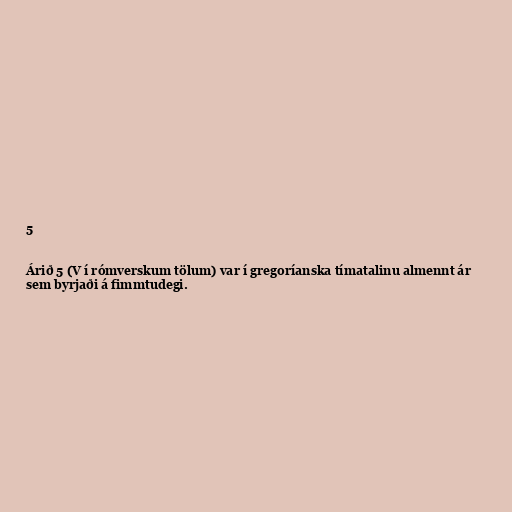
5

Árið 5 (V í rómverskum tölum) var í gregoríanska tímatalinu almennt ár
sem byrjaði á fimmtudegi.